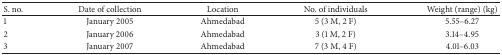
| S. no. | Date of collection | Location | No. of individuals | Weight (range) (kg) |
 | --- | --- | --- | --- | --- |
 | 1 | January 2005 | Ahmedabad | 5 (3 M, 2 F) | 5.55–6.27 |
 | 2 | January 2006 | Ahmedabad | 3 (1 M, 2 F) | 3.14–4.95 |
 | 3 | January 2007 | Ahmedabad | 7 (3 M, 4 F) | 4.01–6.03 |